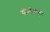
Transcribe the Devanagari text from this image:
योनीबाहेर